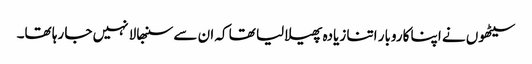
سیٹھوں نے اپنا کاروبار اتنا زیادہ پھیلا لیا تھا کہ ان سے سنبھالا نہیں جا رہا تھا۔